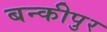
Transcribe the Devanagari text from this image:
बन्कीपुर